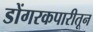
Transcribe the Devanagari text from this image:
डोंगरकपारीतून